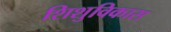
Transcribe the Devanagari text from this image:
शिशुविकास